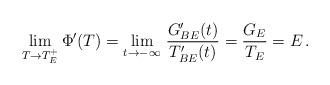
LaTeX: \begin{align*}\lim_{T\to T_E^+}\Phi'(T)=\lim_{t\to -\infty}\,\frac{G_{BE}'(t)}{T_{BE}'(t)}=\frac{G_E}{T_E}=E\,.\end{align*}